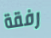
رفقة